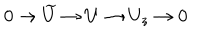
0 \rightarrow \widetilde { U } \rightarrow U \rightarrow U _ { z } \rightarrow 0